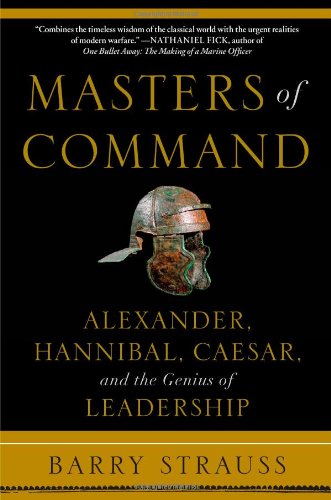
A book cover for Masters of Command: Alexander, Hannibal, Caesar, and the Genius of Leadership; Barry Strauss; History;